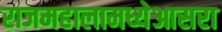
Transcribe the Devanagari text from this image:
राजमहालामध्येआसरा